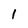
Character: 1